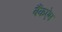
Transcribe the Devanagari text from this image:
बैंकऐम